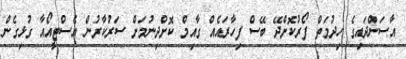
އާސަންދައިގެ ހިދުމަތް ފޯރުކޮށްދޭ ބޭސް ފިހާރައެއް ގާއިމް ކޮށްދިނުމަށް ސަރުކާރުން އެސްޓީއޯއާ ގުޅިގެން